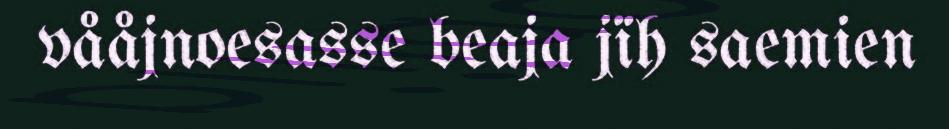
vååjnoesasse beaja jïh saemien